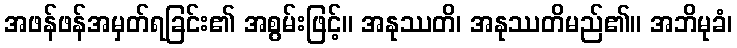
အဖန်ဖန်အမှတ်ရခြင်း၏ အစွမ်းဖြင့်။ အနုဿတိ၊ အနုဿတိမည်၏။ အဘိမုခံ၊